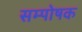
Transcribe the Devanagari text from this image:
सम्पोषक